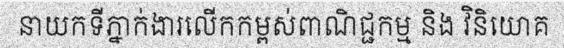
នាយកទីភ្នាក់ងារលើកកម្ពស់ពាណិជ្ជកម្ម និង វិនិយោគ